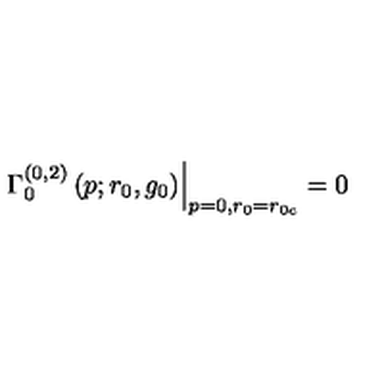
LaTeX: \left. \Gamma _ { 0 } ^ { ( 0 , 2 ) } \left( p ; r _ { 0 } , g _ { 0 } \right) \right| _ { p = 0 , r _ { 0 } = r _ { 0 { c } } } = 0